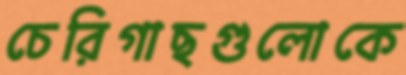
চেরিগাছগুলোকে